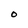
Character: O